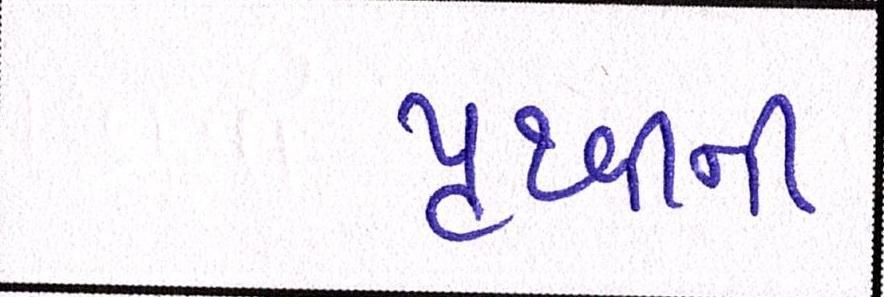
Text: પૃથ્વીની